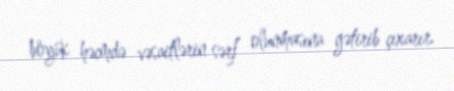
böyük həcmdə vəsaitlərin sərf olunmasına gətirib çıxarır.